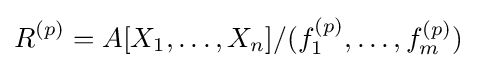
R^{(p)}=A[X_{1},\ldots ,X_{n}]/(f_{1}^{(p)},\ldots ,f_{m}^{(p)})